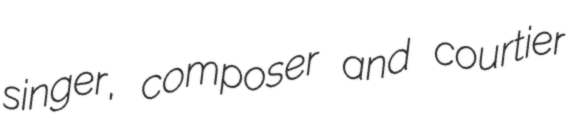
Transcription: singer, composer and courtier